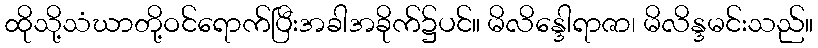
ထိုသို့သံဃာတို့ဝင်ရောက်ပြီးအခါအခိုက်၌ပင်။ မိလိန္ဒေါရာဇာ၊ မိလိန္ဒမင်းသည်။